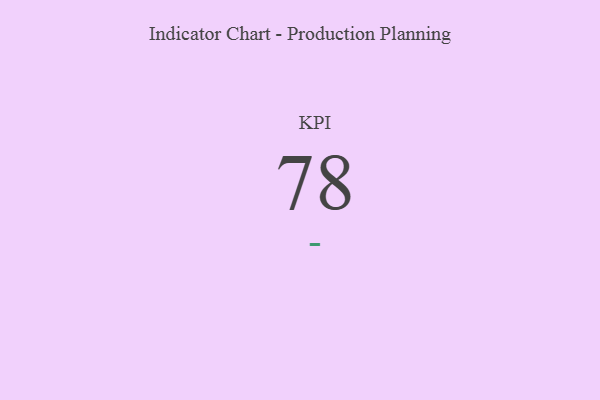
{"axis": {"x": "KPI", "y": "Value"}, "legend": [""], "data": [{"x": "KPI", "y": 78, "type": ""}]}